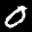
Label: 0